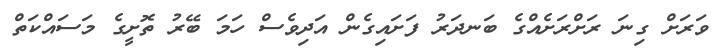
ވަރަށް ގިނަ ރަށްރަށެއްގެ ބަނދަރު ފަށައިގެން އަދިވެސް ހަމަ ބޭރު ތޮށީގެ މަސައްކަތް